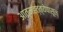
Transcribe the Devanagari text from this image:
आत्महत्त्येपासून